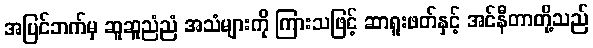
အပြင်ဘက်မှ ဆူဆူညံညံ အသံများကို ကြားသဖြင့် ဆာရူးဖတ်နှင့် အင်နီတာတို့သည်